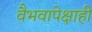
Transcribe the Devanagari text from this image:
वैभवापेक्षाही